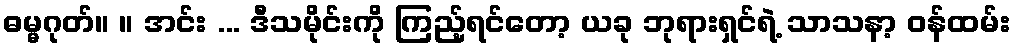
ဓမ္မဂုတ်။ ။ အင်း ... ဒီသမိုင်းကို ကြည့်ရင်တော့ ယခု ဘုရားရှင်ရဲ့ သာသနာ့ ဝန်ထမ်း